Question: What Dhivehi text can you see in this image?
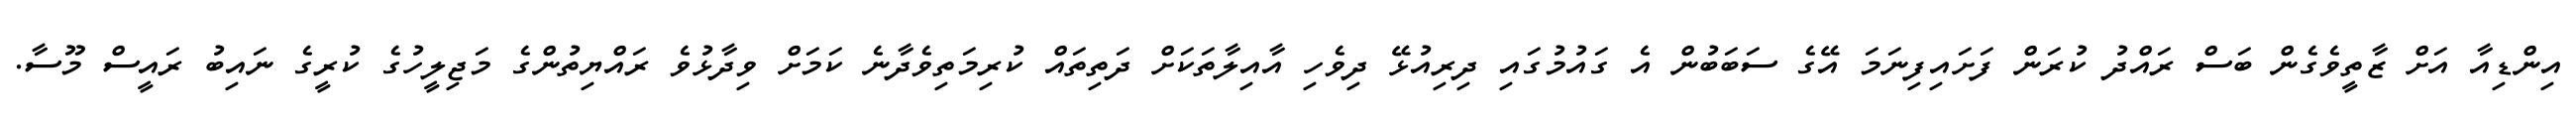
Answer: އިންޑިއާ އަށް ޒާތީވެގެން ބަސް ރައްދު ކުރަން ފަށައިފިނަމަ އޭގެ ސަބަބުން އެ ގައުމުގައި ދިރިއުޅޭ ދިވެހި އާއިލާތަކަށް ދަތިތައް ކުރިމަތިވެދާނެ ކަމަށް ވިދާޅުވެ ރައްޔިތުންގެ މަޖިލީހުގެ ކުރީގެ ނައިބު ރައީސް މޫސާ.